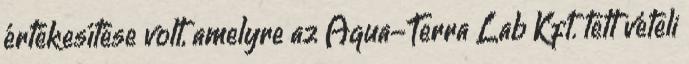
értékesítése volt, amelyre az Aqua-Terra Lab Kft. tett vételi